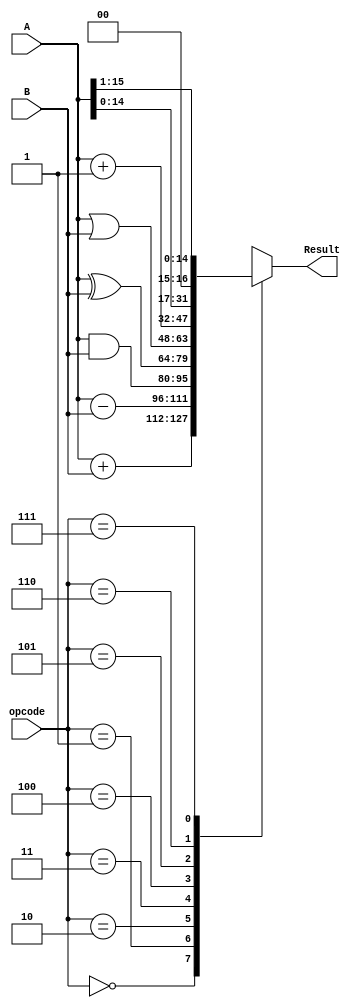
// listing all inputs and outputs, by convention outputs go first

module p3(Result,opcode,A,B);
output[15:0] Result;
input [15:0] A,B;
input [2:0] opcode;
reg   [15:0] Result;

always @ (opcode)
	case (opcode) //ALU implementation
		3'd0:	Result <= A+B;
		3'd1:	Result <= A-B;
		3'd2:	Result <= A&B;
		3'd3:	Result <= A^B;
		3'd4:	Result <= A|B;
		3'd5:	Result <= A+1;
		3'd6:	Result <= A<<1;
		3'd7:	Result <= A>>1;
		default:	Result <= 16'd0;
	endcase
endmodule